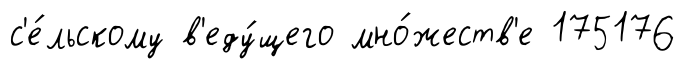
с'е́льскому в'еду́щего мно́жеств'е 175176